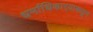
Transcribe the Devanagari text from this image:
धर्माधिकार्‍याकडून